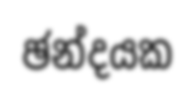
ඡන්දයක